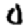
Digit: 0